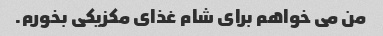
من می خواهم برای شام غذای مکزیکی بخورم.